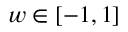
w \in [ - 1 , 1 ]